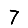
Digit: 7